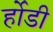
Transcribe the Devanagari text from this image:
र्होडी